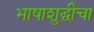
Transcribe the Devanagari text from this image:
भाषाशुद्धीचा